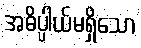
အဓိပ္ပါယ်မရှိသော